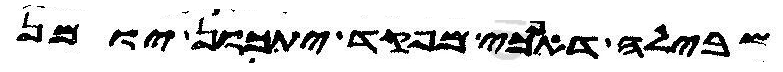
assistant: שבילה דאנכי מפקד יתכון יומן